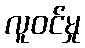
လူဝင်မှု